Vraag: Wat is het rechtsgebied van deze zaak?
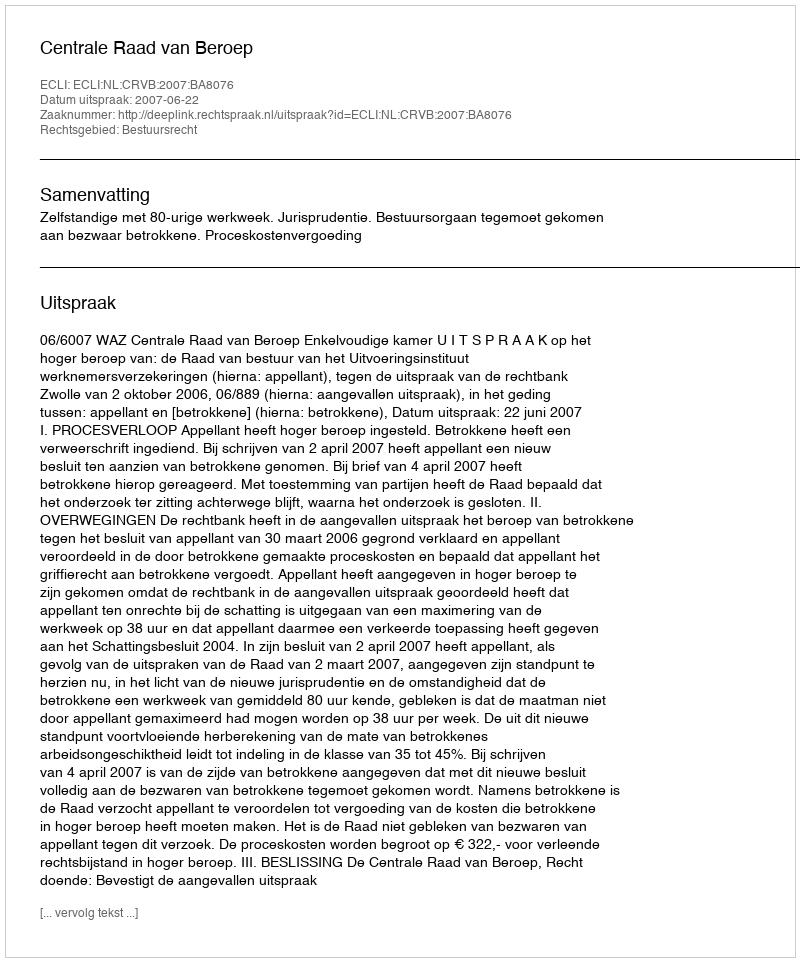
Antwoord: Bestuursrecht